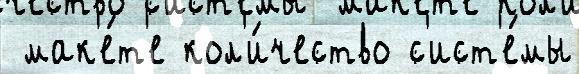
 мак'е́т'е кол'и́чество с'ист'е́мы